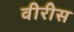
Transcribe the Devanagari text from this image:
वीरीस